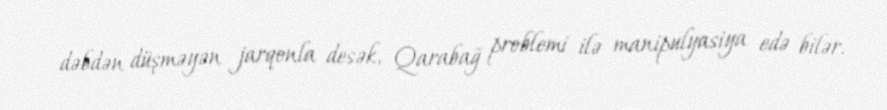
dəbdən düşməyən jarqonla desək, Qarabağ problemi ilə manipulyasiya edə bilər.